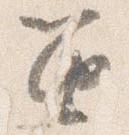
笛